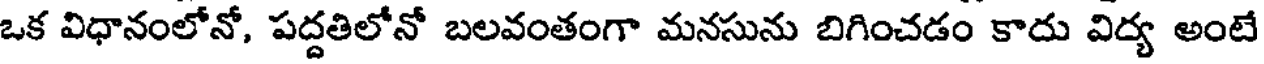
ఒక విధానంలోనో, పద్దతిలోనో బలవంతంగా మనసును బిగించడం కాదు విద్య అంటే